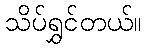
သိပ်ရွှင်တယ်။